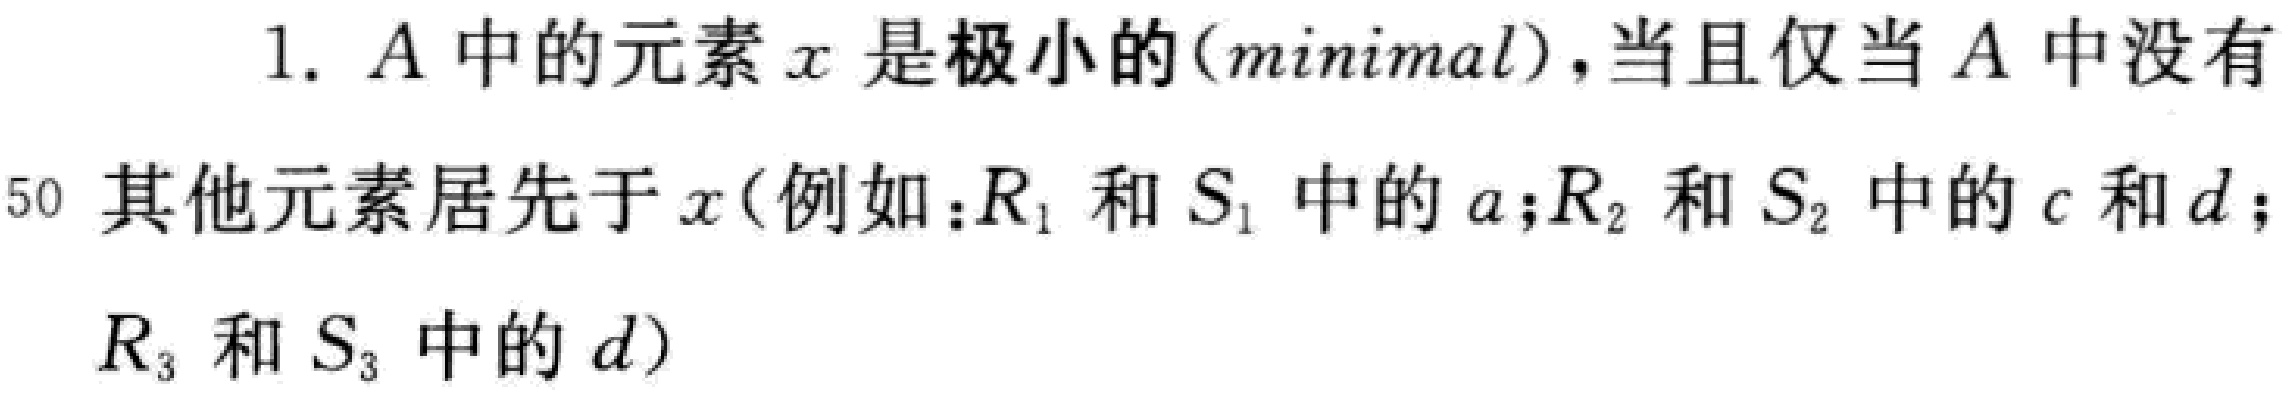
1. \(A\)中的元素\(x\)是极小的(\(minimal\))，当且仅当\(A\)中没有其他元素居先于\(x\)(例如：\(R_{1}\)和\(S_{1}\)中的\(a\)；\(R_{2}\)和\(S_{2}\)中的\(c\)和\(d\)；\(R_{3}\)和\(S_{3}\)中的\(d\))